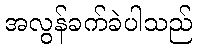
အလွန်ခက်ခဲပါသည်